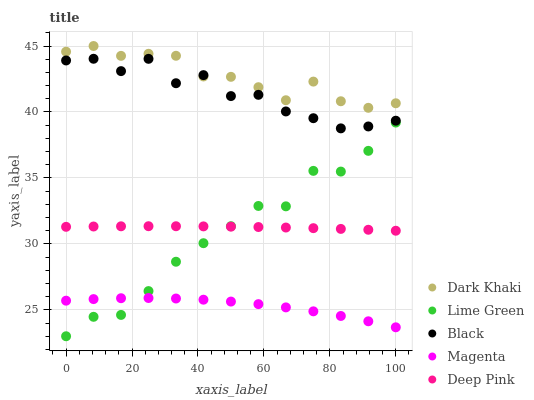
| xaxis_label | Dark Khaki | Lime Green | Black | Magenta | Deep Pink |
 | --- | --- | --- | --- | --- | --- |
 | 0 | 44.6 | 23 | 43.9 | 25.7 | 31.3 |
 | 8.33 | 45 | 24.5 | 44 | 25.8 | 31.3 |
 | 16.7 | 44.3 | 24.6 | 43.1 | 25.9 | 31.3 |
 | 25 | 44.4 | 26.4 | 44 | 25.9 | 31.3 |
 | 33.3 | 44.3 | 28.6 | 42.2 | 25.9 | 31.3 |
 | 41.7 | 42.7 | 30.1 | 42.8 | 25.8 | 31.3 |
 | 50 | 42.7 | 31.3 | 41.2 | 25.6 | 31.3 |
 | 58.3 | 41.9 | 32.9 | 41.3 | 25.4 | 31.3 |
 | 66.7 | 40.9 | 32.8 | 40 | 25.2 | 31.2 |
 | 75 | 42.3 | 35.5 | 39.5 | 24.9 | 31.2 |
 | 83.3 | 40.8 | 35.5 | 38.8 | 24.5 | 31.1 |
 | 91.7 | 40.3 | 37.1 | 38.9 | 24.1 | 31.1 |
 | 100 | 40.7 | 39.2 | 39.3 | 23.7 | 31 |